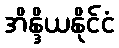
အိန္ဒိယနိုင်ငံ